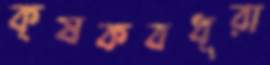
কৃষকবধূরা